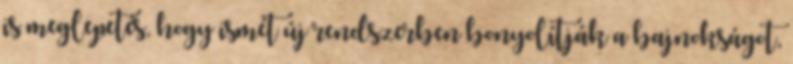
is meglepetés, hogy ismét új rendszerben bonyolítják a bajnokságot,